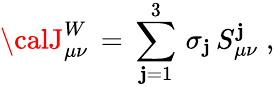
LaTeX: {\calJ}_{\mu\nu}^{W}\, =\, \sum_{\mathbf{j}=1}^{3}\, \sigma_{\mathbf{j}}\, S_{\mu\nu}^{\mathbf{j}}\; ,